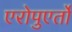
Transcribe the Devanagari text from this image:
एरोपुएर्तो